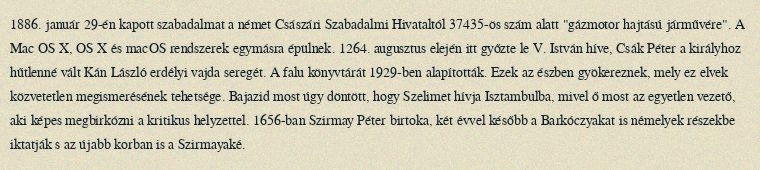
1886. január 29-én kapott szabadalmat a német Császári Szabadalmi Hivataltól 37435-ös szám alatt "gázmotor hajtású járművére". A Mac OS X, OS X és macOS rendszerek egymásra épülnek. 1264. augusztus elején itt győzte le V. István híve, Csák Péter a királyhoz hűtlenné vált Kán László erdélyi vajda seregét. A falu könyvtárát 1929-ben alapították. Ezek az észben gyökereznek, mely ez elvek közvetetlen megismerésének tehetsége. Bajazid most úgy döntött, hogy Szelimet hívja Isztambulba, mivel ő most az egyetlen vezető, aki képes megbirkózni a kritikus helyzettel. 1656-ban Szirmay Péter birtoka, két évvel később a Barkóczyakat is némelyek részekbe iktatják s az újabb korban is a Szirmayaké.